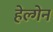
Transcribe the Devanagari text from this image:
हेल्गेन